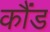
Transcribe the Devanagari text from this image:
कौंड